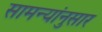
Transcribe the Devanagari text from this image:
सामन्यांनुसार